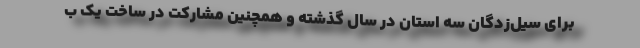
برای سیل‌زدگان سه استان در سال گذشته و همچنین مشارکت در ساخت یک ب